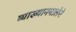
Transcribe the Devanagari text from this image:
व्याख्यानमालेने